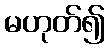
မဟုတ်၍